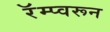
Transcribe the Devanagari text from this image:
रॅम्प्वरून